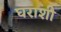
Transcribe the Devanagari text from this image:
घराशी